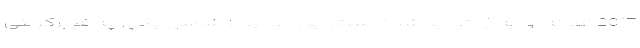
2017 نمونه اولیه آن تولید شده است. این خودرو از شاسی یکپارچه فیبرکربنی